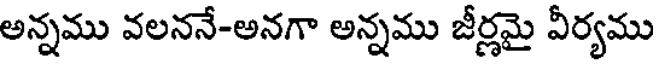
అన్నము వలననే-అనగా అన్నము జీర్ణమై వీర్యము